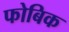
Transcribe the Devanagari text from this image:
फोबिक